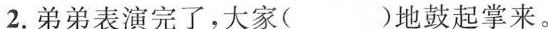
2.弟弟表演完了，大家( )地鼓起掌来。